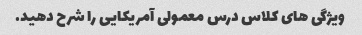
ویژگی های کلاس درس معمولی آمریکایی را شرح دهید.